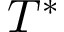
T ^ { * }